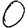
Digit: 0